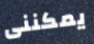
يمكننى